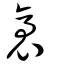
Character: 袤